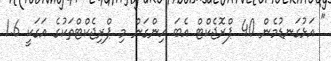
" އަޅުގަނޑުމެން 40 ޕްރޮޖެކްޓް އެބަ ހިންގަން މި ޕްރިޖެކްޓްތަކުގެ އަގަކީ 1.6